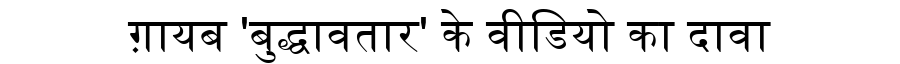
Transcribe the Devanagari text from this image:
ग़ायब 'बुद्धावतार' के वीडियो का दावा